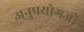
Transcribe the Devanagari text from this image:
अनुप्रयोगजो